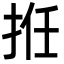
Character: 拰